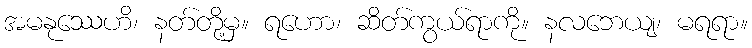
အမနုဿေဟိ၊ နတ်တို့မှ။ ရဟော၊ ဆိတ်ကွယ်ရာကို။ နလဘေယျ၊ မရရာ။